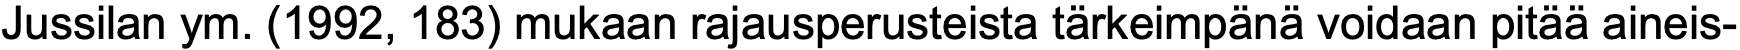
Jussilan ym. (1992, 183) mukaan rajausperusteista tärkeimpänä voidaan pitää aineis-